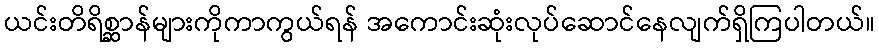
ယင်းတိရိစ္ဆာန်များကိုကာကွယ်ရန် အကောင်းဆုံးလုပ်ဆောင်နေလျက်ရှိကြပါတယ်။